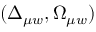
( \Delta _ { \mu w } , \Omega _ { \mu w } )